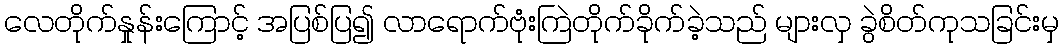
လေတိုက်နှုန်းကြောင့် အပြစ်ပြ၍ လာရောက်ဗုံးကြဲတိုက်ခိုက်ခဲ့သည် များလှ ခွဲစိတ်ကုသခြင်းမှ